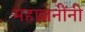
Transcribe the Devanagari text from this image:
महाजनींनी